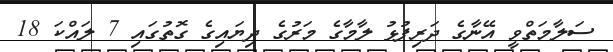
ސަލާމަތްވީ އޭނާގެ ދަރިފުޅު ލާމާގެ މަރުގެ ދިޔައިގެ ގޮތުގައި 7 ލައްކަ 18